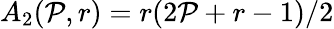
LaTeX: A_{2}(\mathcal{P},r)=r(2\mathcal{P}+r-1)/2